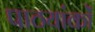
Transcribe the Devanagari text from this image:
पाठयांकों